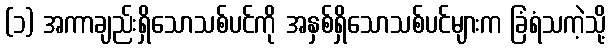
(၁) အကာချည်းရှိသောသစ်ပင်ကို အနှစ်ရှိသောသစ်ပင်များက ခြံရံသကဲ့သို့